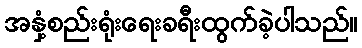
အနှံ့စည်းရုံးရေးခရီးထွက်ခဲ့ပါသည်။